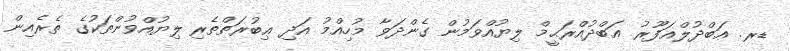
ޑރ. ޢަބްދުލްޣަފޫރު ޢަބްދުއްރަޙީމް ލިޔުއްވަމުން ގެންދަވާ މުހިއްމު އަދި ޢިބުރަތްތެރި ލިޔުއްވުންތަކުގެ ތެރެއިން